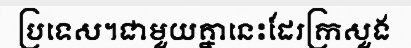
ប្រទេស។ជាមួយគ្នានេះដែរក្រសួង